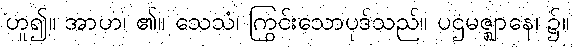
ဟူ၍။ အာဟ၊ ၏။ သေသံ၊ ကြွင်းသောပုဒ်သည်။ ပဌမဇ္ဈာနေ၊ ၌။